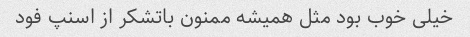
خیلی خوب بود مثل همیشه ممنون باتشکر از اسنپ فود